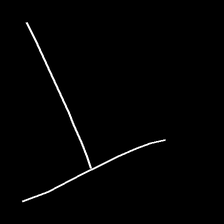
Glyph: column